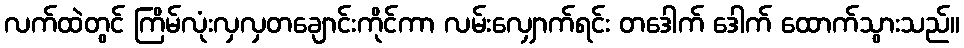
လက်ထဲတွင် ကြိမ်လုံးလှလှတချောင်းကိုင်ကာ လမ်းလျှောက်ရင်း တဒေါက် ဒေါက် ထောက်သွားသည်။